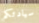
سيادتكم